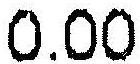
0.00